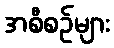
အစီစဉ်များ